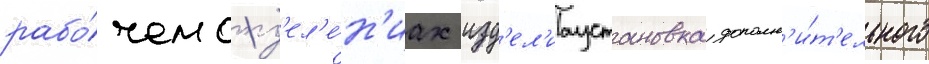
рабо́чем отд'ел'е́н'иах изд'ел'иаустановка дополн'и́т'ельного